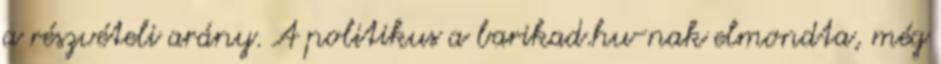
a részvételi arány. A politikus a barikad.hu-nak elmondta, még